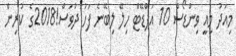
މިއަދު މިއީ ވިންޑޯސް 10 އަޕްޑޭޓް ހިލޭ ލިބޭނެ ފަހު ދުވަސް!2018ގެ ކުރިން